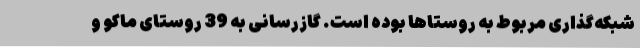
شبکه‌گذاری مربوط به روستاها بوده است. گازرسانی به 39 روستای ماکو و